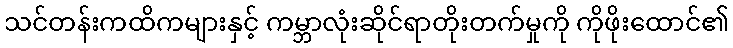
သင်တန်းကထိကများနှင့် ကမ္ဘာလုံးဆိုင်ရာတိုးတက်မှုကို ကိုဖိုးထောင်၏